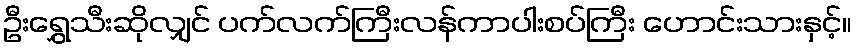
ဦးရွှေသီးဆိုလျှင် ပက်လက်ကြီးလန်ကာပါးစပ်ကြီး ဟောင်းသားနှင့်။